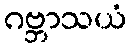
ဂဗ္ဘာသယံ